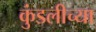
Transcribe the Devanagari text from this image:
कुंडलीच्या